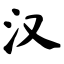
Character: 汉